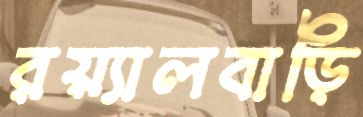
রয়্যালবাড়ি